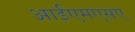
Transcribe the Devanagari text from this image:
आईएमएसए